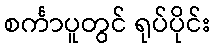
စင်္ကာပူတွင် ရုပ်ပိုင်း